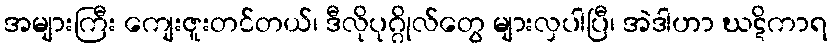
အများကြီး ကျေးဇူးတင်တယ်၊ ဒီလိုပုဂ္ဂိုလ်တွေ များလှပါပြီ၊ အဲဒါဟာ ဃဋိကာရ